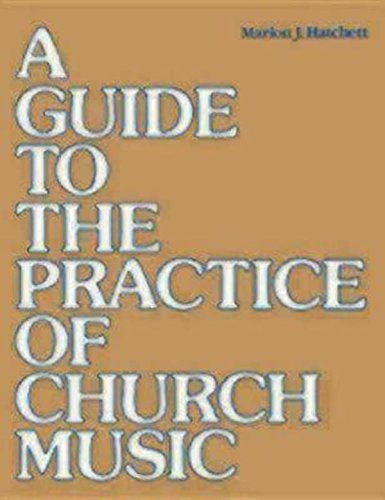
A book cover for A Guide to the Practice of Church Music; Marion J. Hatchett; Religion & Spirituality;